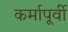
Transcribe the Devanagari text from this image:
कर्मापूर्वी